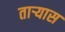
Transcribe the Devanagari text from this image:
ताऱ्यास